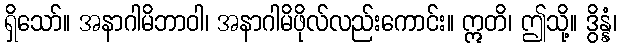
ရှိသော်။ အနာဂါမိဘာဝါ၊ အနာဂါမိဖိုလ်လည်းကောင်း။ ဣတိ၊ ဤသို့။ ဒွိန္နံ၊